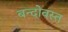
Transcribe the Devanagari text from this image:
बन्दोवस्त